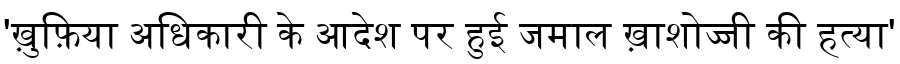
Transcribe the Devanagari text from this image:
'ख़ुफ़िया अधिकारी के आदेश पर हुई जमाल ख़ाशोज्जी की हत्या'